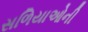
સળિયાઓની